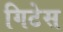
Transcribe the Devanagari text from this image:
गिटेस